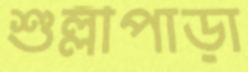
শুল্লীপাড়া